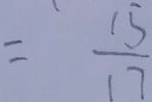
= \frac { 1 5 } { 1 7 }